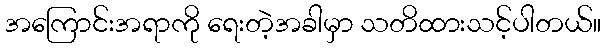
အကြောင်းအရာကို ရေးတဲ့အခါမှာ သတိထားသင့်ပါတယ်။